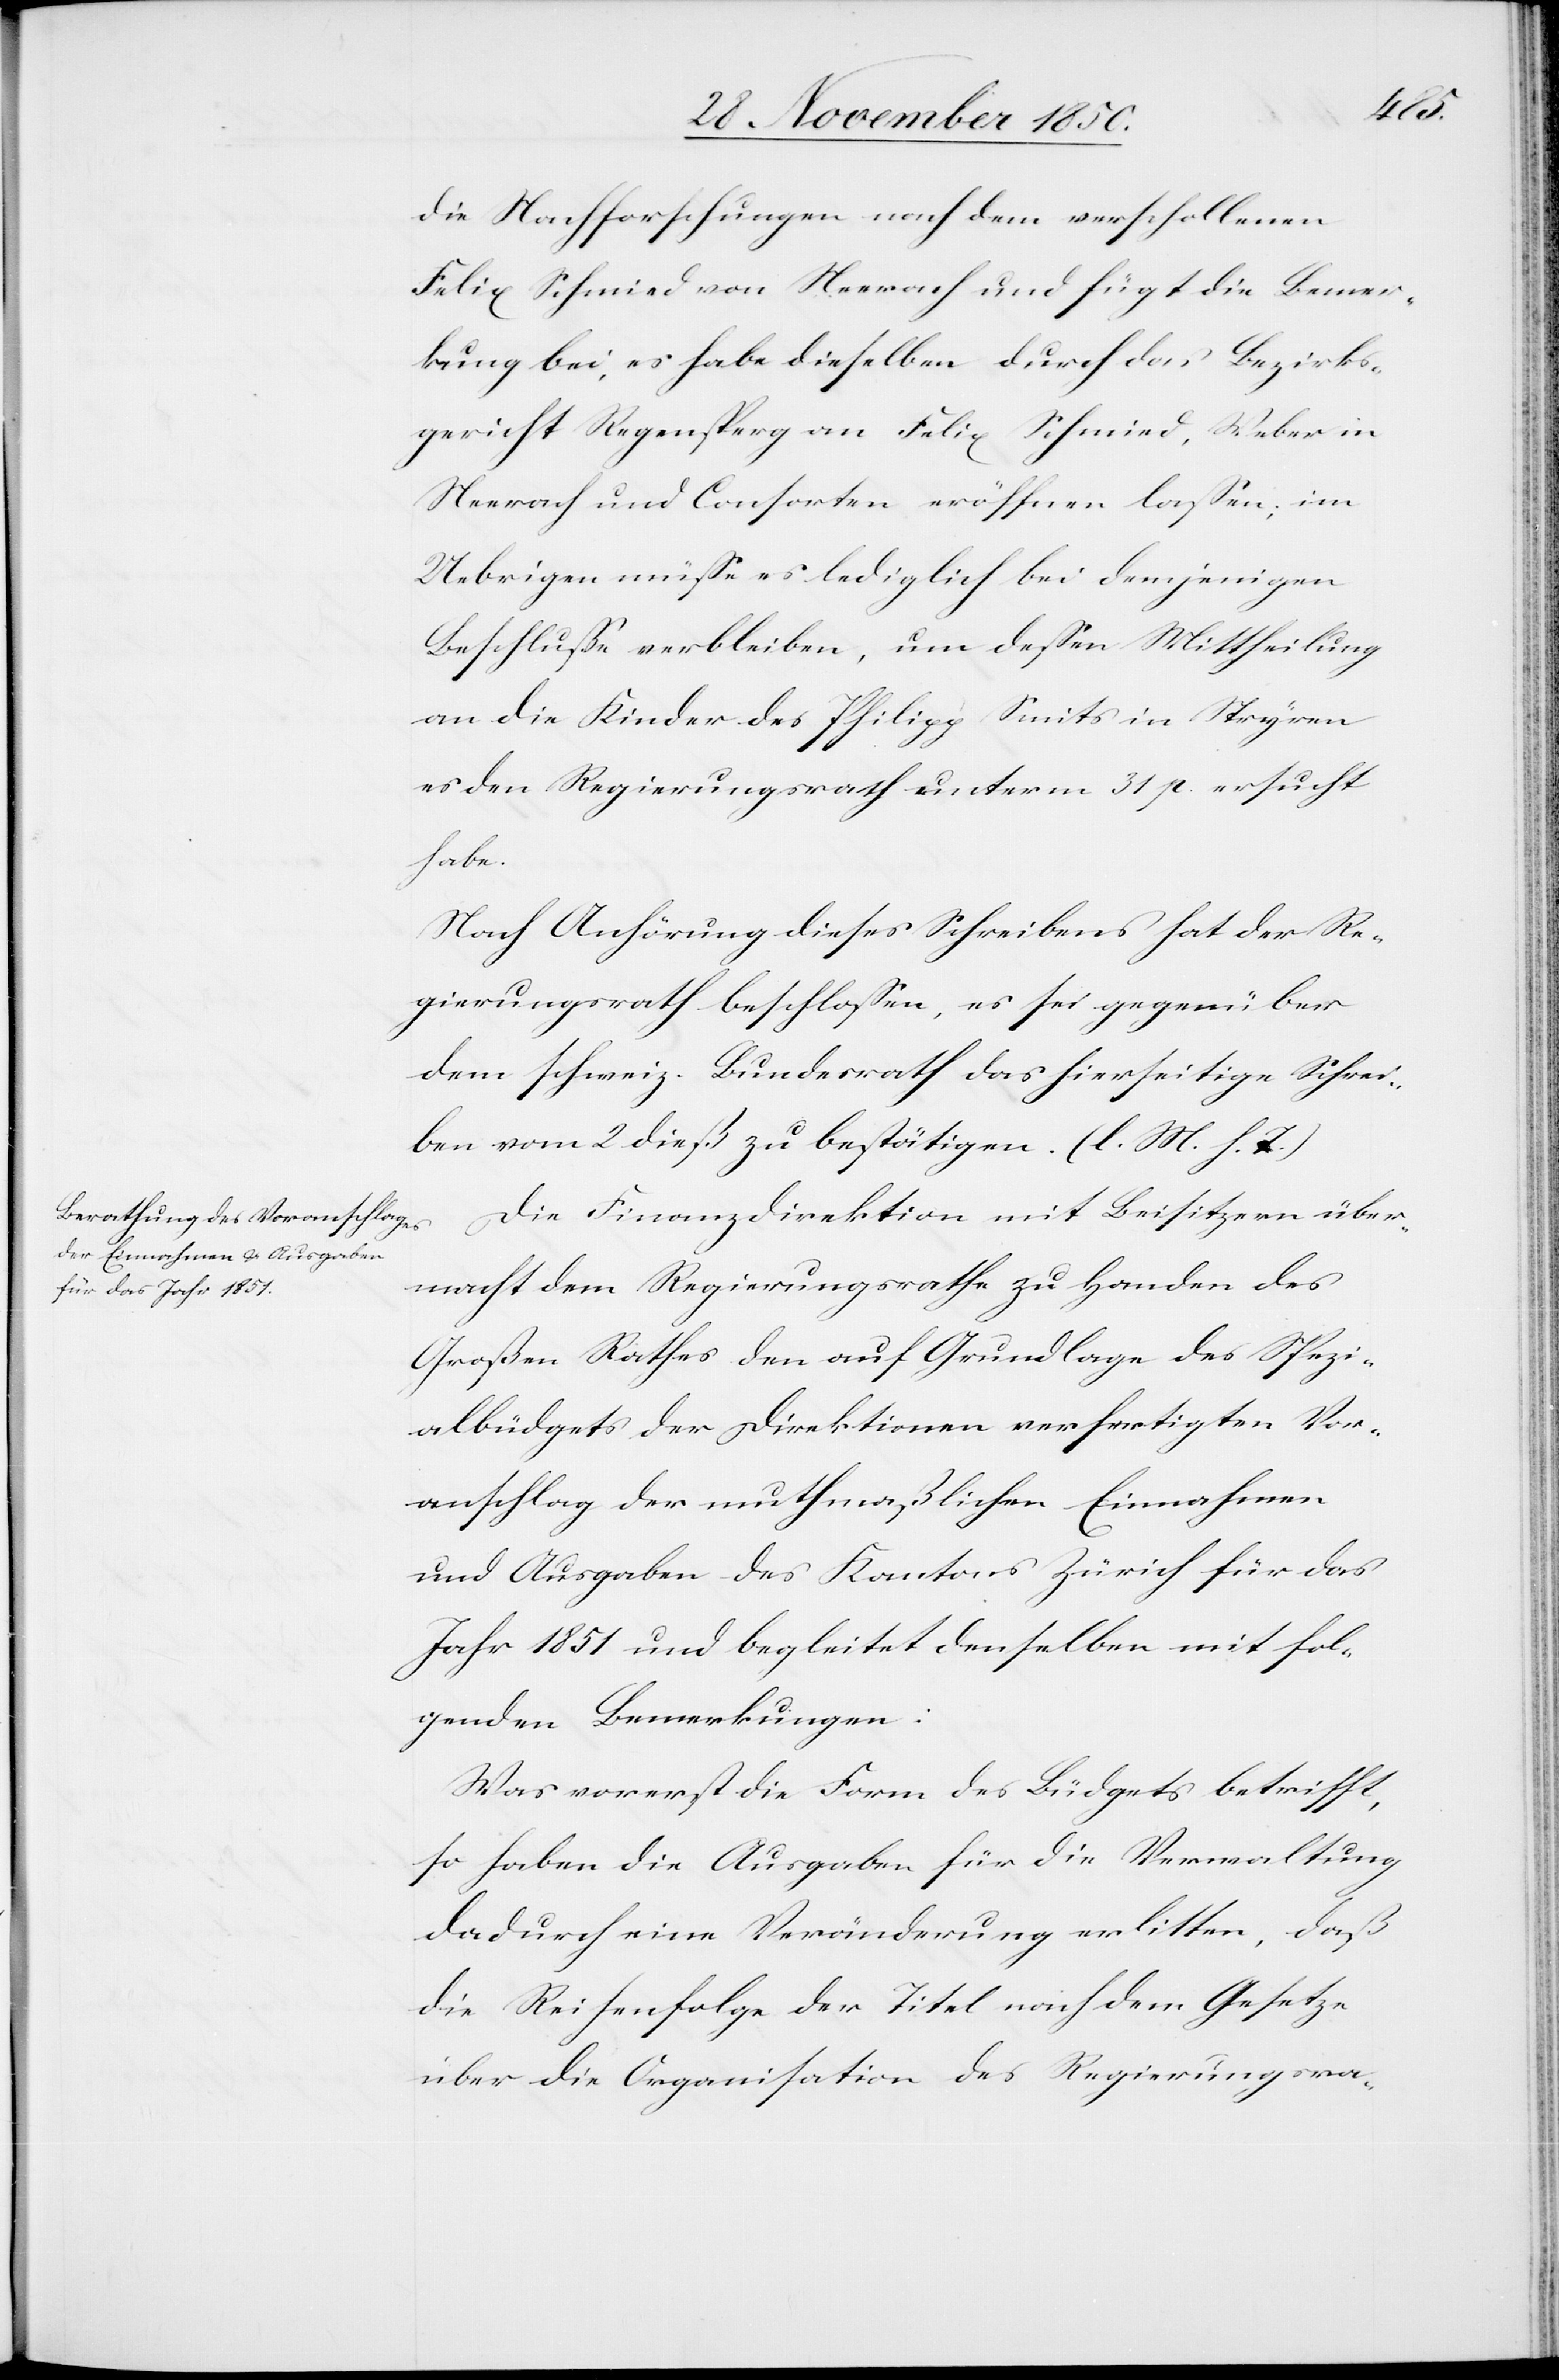
die Nachforschungen nach dem verschollenen
Felix Schmied [sic!] von Neerach und fügt die Bemer¬
kung bei, es habe dieselben durch das Bezirks¬
gericht Regensperg an Felix Schmied, Weber in
Neerach und Consorten eröffnen lassen; im
Uebrigen müsse es lediglich bei demjenigen
Beschlusse verbleiben, um dessen Mittheilung
an die Kinder des Philipp Smits in Stryren
es den Regierungsrath unterm 31 p. ersucht
habe.
Nach Anhörung dieses Schreibens hat der Re¬
gierungsrath beschlossen, es sei gegenüber
dem schweiz. Bundesrath das hierseitige Schrei¬
ben vom 2 dieß zu bestätigen. (l. M. h. T.)
Die Finanzdirektion mit Beisitzern über¬
macht dem Regierungsrathe zu Handen des
Großen Rathes den auf Grundlage des Spezi¬
albüdgets der Direktionen verfertigten Vor¬
anschlag der muthmaßlichen Einnahmen
und Ausgaben des Kantons Zürich für das
Jahr 1851 und begleitet denselben mit fol¬
genden Bemerkungen:
Was vorerst die Form des Büdgets betrifft,
so haben die Ausgaben für die Verwaltung
dadurch eine Veränderung erlitten, daß
die Reihenfolge der Titel nach dem Gesetze
über die Organisation des Regierungsra-